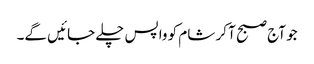
جو آج صبح آ کر شام کو واپس چلے جائیں گے۔